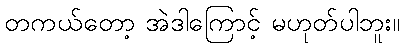
တကယ်တော့ အဲဒါကြောင့် မဟုတ်ပါဘူး။